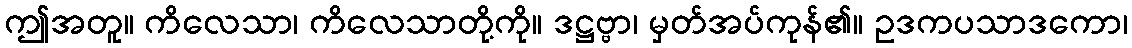
ဤအတူ။ ကိလေသာ၊ ကိလေသာတို့ကို။ ဒဋ္ဌဗ္ဗာ၊ မှတ်အပ်ကုန်၏။ ဥဒကပသာဒကော၊